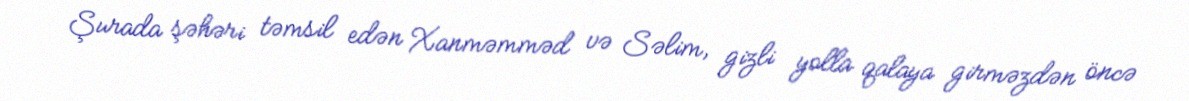
Şurada şəhəri təmsil edən Xanməmməd və Səlim, gizli yolla qalaya girməzdən öncə